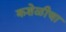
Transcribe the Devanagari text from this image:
कशेळीचा